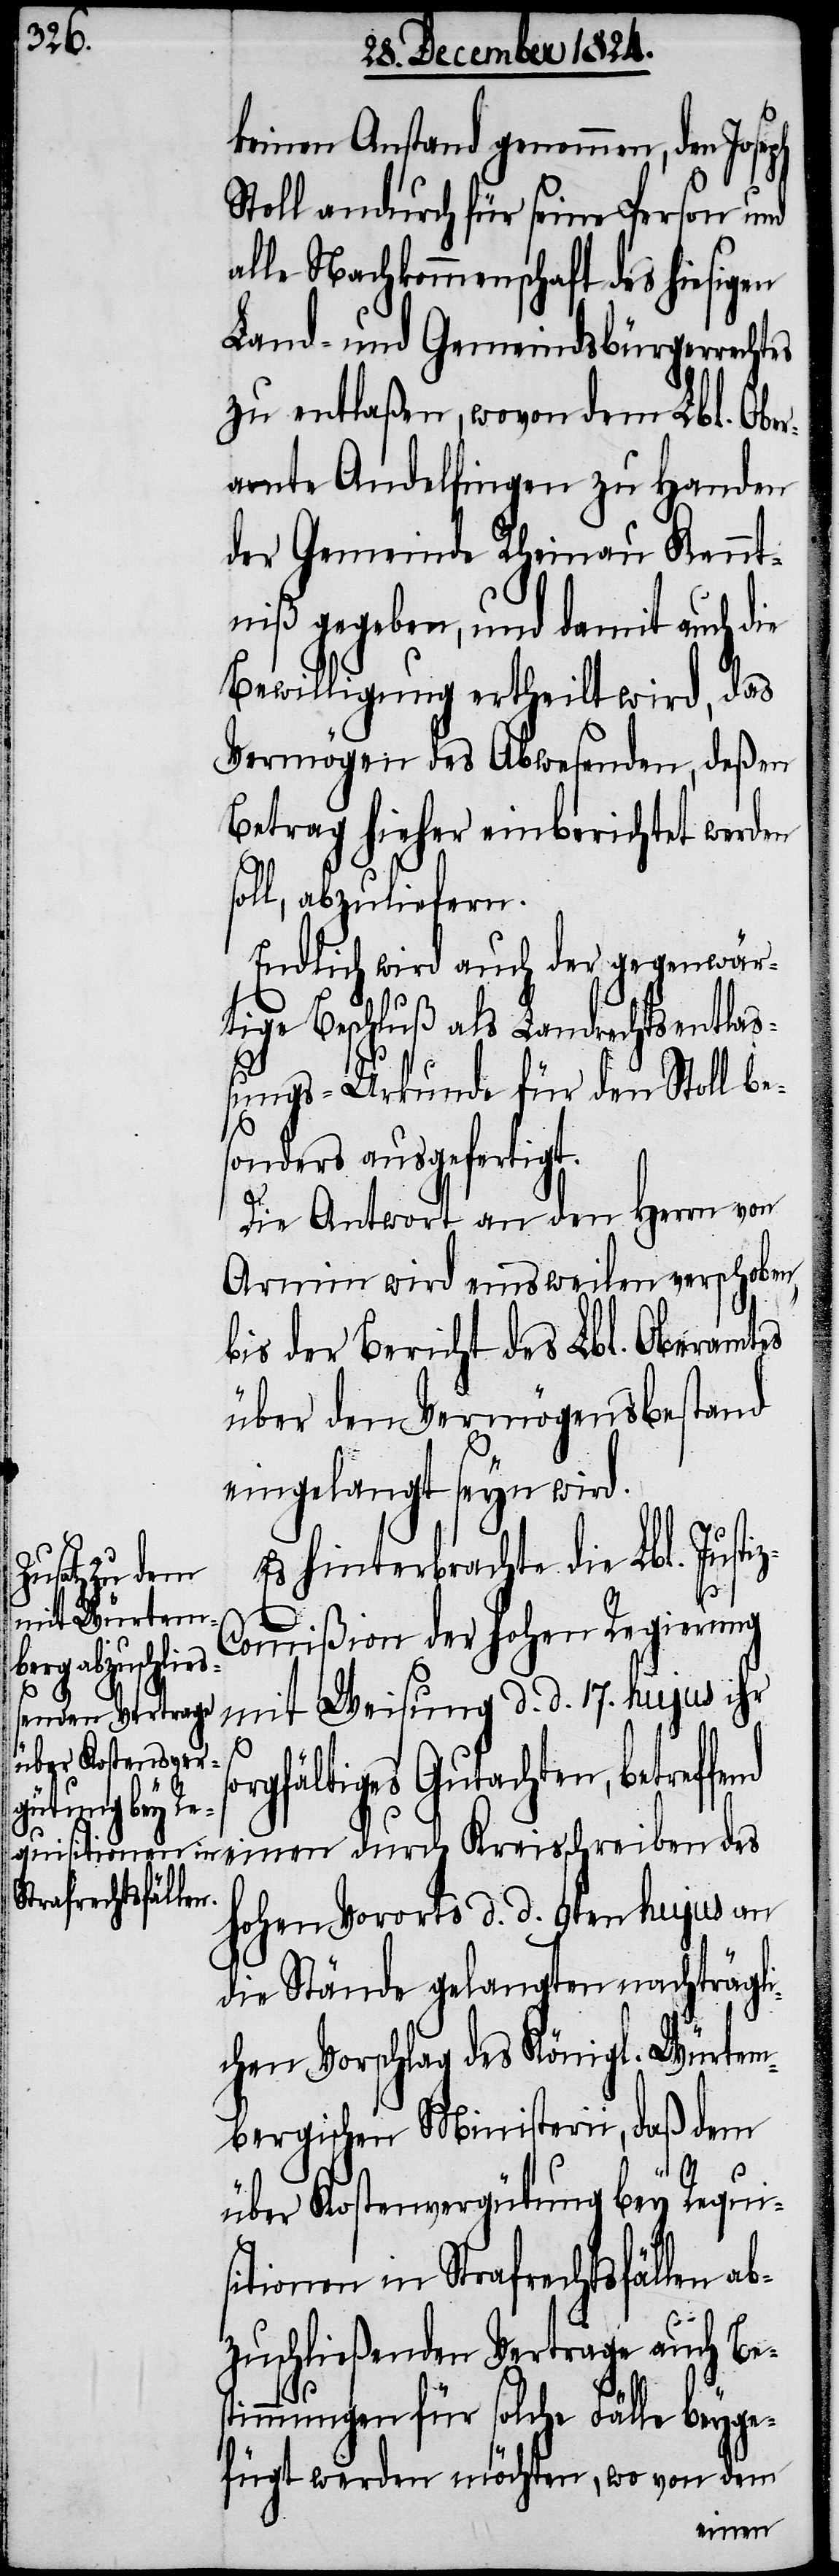
so¬

keinen Anstand genommen, den Joseph
Stoll andurch für seine Person und
alle Nachkommenschaft des hiesigen
Land- und Gemeindsbürgerrechtes
zu entlaßen, wovon dem Lbl. Obe¬
ramte Andelfingen zu Handen
der Gemeinde Rheinau Kennt¬
niß gegeben, und damit auch die
Bewilligung ertheilt wird, das
Vermögen des Abwesenden, deßen
Betrag hieher einberichtet werden
soll, abzuliefern.
Endlich wird auch der gegenwär¬
tige Beschluß als Landrechtsentlaß¬
ungs-Urkunde für den Stoll be¬
sonders ausgefertigt.
Die Antwort an den Herrn von
Arnim wird einsweilen verschoben,
bis der Bericht des Lbl. Oberamtes
über den Vermögensbestand
eingelegt seyn wird.
Es hinterbrachte die Lbl. Justi¬
ommißion der hohen Regierung
mit Weisung d. d. 17. hujus ihr
rgfältiges Gutachten, betref¬
fend einen durch Kreisschreiben des
hohen Vororts d. d. 9ten hujus an
die Stände gelangten nachträgli¬
chen Vorschlag des Königl. Würtem¬
bergischen Ministerii, daß dem
über Kostenvergütung bey Requi¬
sitionen in Strafrechtsfällen ab¬
zuschließenden Vertrage auch Bes¬
timmungen für solche Fälle beyge¬
fügt werden möchten, wo von dem